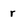
Character: r